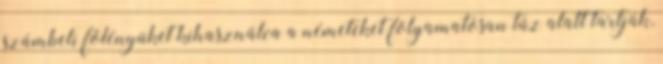
számbeli fölényüket kihasználva a németeket folyamatosan tűz alatt tartják,